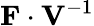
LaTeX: \mathbf{F}\cdot\mathbf{V}^{-1}